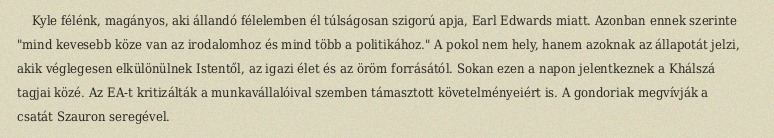
Kyle félénk, magányos, aki állandó félelemben él túlságosan szigorú apja, Earl Edwards miatt. Azonban ennek szerinte "mind kevesebb köze van az irodalomhoz és mind több a politikához." A pokol nem hely, hanem azoknak az állapotát jelzi, akik véglegesen elkülönülnek Istentől, az igazi élet és az öröm forrásától. Sokan ezen a napon jelentkeznek a Khálszá tagjai közé. Az EA-t kritizálták a munkavállalóival szemben támasztott követelményeiért is. A gondoriak megvívják a csatát Szauron seregével.